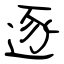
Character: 逐